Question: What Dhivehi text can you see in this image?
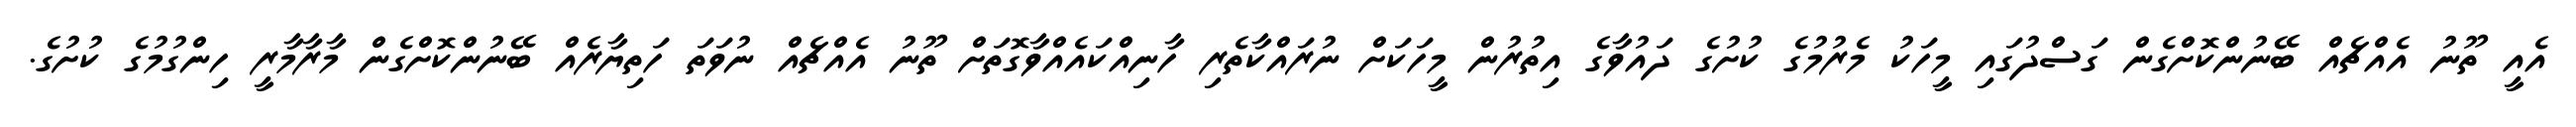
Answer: އެއީ ތޫނު އެއްޗެއް ބޭނުންކޮށްގެން ގަސްދުގައި މީހަކު މެރުމުގެ ކުށުގެ ދައުވާގެ އިތުރުން މީހަކަށް ނުރައްކާތެރި ހާނިއްކައެއްވާގޮތަށް ތޫނު އެއްޗެއް ނުވަތަ ހަތިޔާރެއް ބޭނުންކޮށްގެން މާރާމާރީ ހިންގުމުގެ ކުށުގެ.